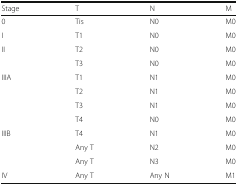
<table><thead><tr><td><b>Stage</b></td><td><b>T</b></td><td><b>N</b></td><td><b>M</b></td></tr></thead><tbody><tr><td>0</td><td>Tis</td><td>N0</td><td>M0</td></tr><tr><td>I</td><td>T1</td><td>N0</td><td>M0</td></tr><tr><td rowspan="2">II</td><td>T2</td><td>N0</td><td>M0</td></tr><tr><td>T3</td><td>N0</td><td>M0</td></tr><tr><td rowspan="4">IIIA</td><td>T1</td><td>N1</td><td>M0</td></tr><tr><td>T2</td><td>N1</td><td>M0</td></tr><tr><td>T3</td><td>N1</td><td>M0</td></tr><tr><td>T4</td><td>N0</td><td>M0</td></tr><tr><td rowspan="3">IIIB</td><td>T4</td><td>N1</td><td>M0</td></tr><tr><td>Any T</td><td>N2</td><td>M0</td></tr><tr><td>Any T</td><td>N3</td><td>M0</td></tr><tr><td>IV</td><td>Any T</td><td>Any N</td><td>M1</td></tr></tbody></table>